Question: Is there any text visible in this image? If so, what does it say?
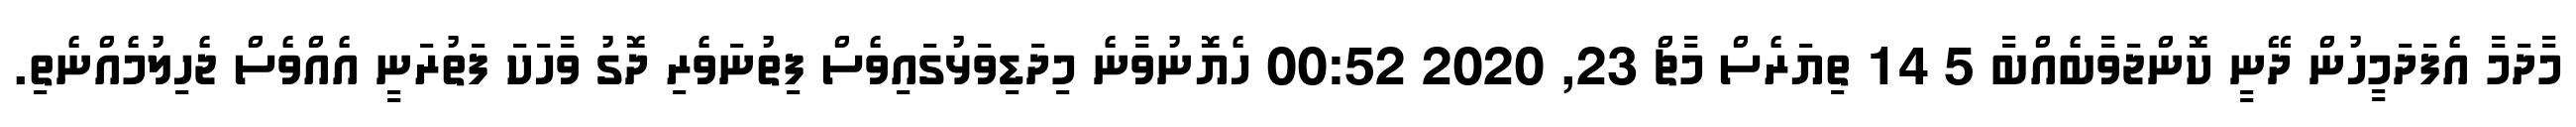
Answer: މާދަމާ އެފަދަމީހުން ދޭނީ ކޮންޖަވާބެއްބާ 5 14 ތިޔަރެސް މާޗް 23, 2020 00:52 ހެޔޮނުވާނެ މިދަޑިވަޅުގައިވެސް ފިތުނަވެރި ދޮގު ވާހަކަ ފަތުރަނީ އެއްވެސް ޖެހިލުމެއްނެތި.